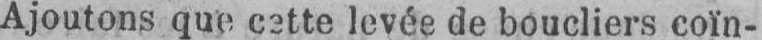
Ajoutons que cette levée de boucliers coïn-